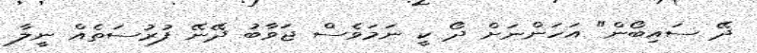
ދޭ ސައިބޯން" އަހަންނަށް ދޯ ކީ ނަމަވެސް ޖަވާބު ދޭނޭ ފުރުސަތެއް ނީލާ